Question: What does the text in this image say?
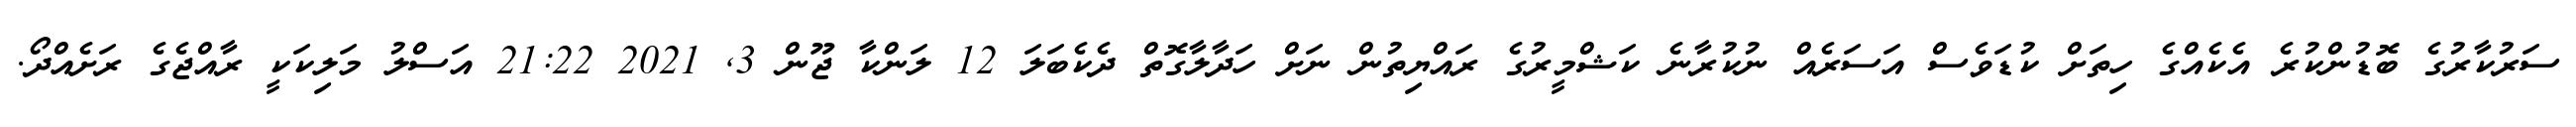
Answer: ސަރުކާރުގެ ބޮޑުންކުރެ އެކެއްގެ ހިތަށް ކުޑަވެސް އަސަރެއް ނުކުރާނެ ކަޝްމީރުގެ ރައްޔިތުން ނަށް ހަދާލާގޮތް ދެކެބަލަ 12 ލަންކާ ޖޫން 3, 2021 21:22 އަސްލު މަލިކަކީ ރާއްޖެގެ ރަށެއްދޯ.